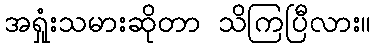
အရှုံးသမားဆိုတာ သိကြပြီလား။